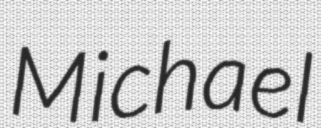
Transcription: Michael